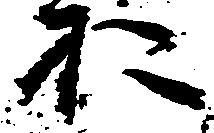
お